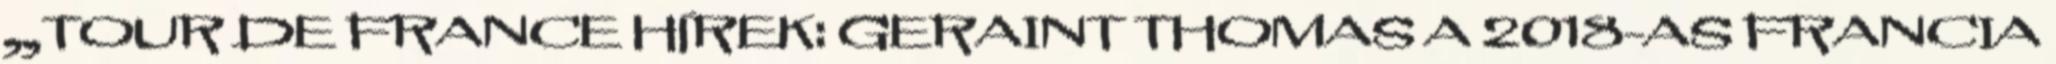
„TOUR DE FRANCE HÍREK: GERAINT THOMAS A 2018-AS FRANCIA